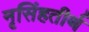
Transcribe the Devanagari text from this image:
नृसिंहतीर्थ